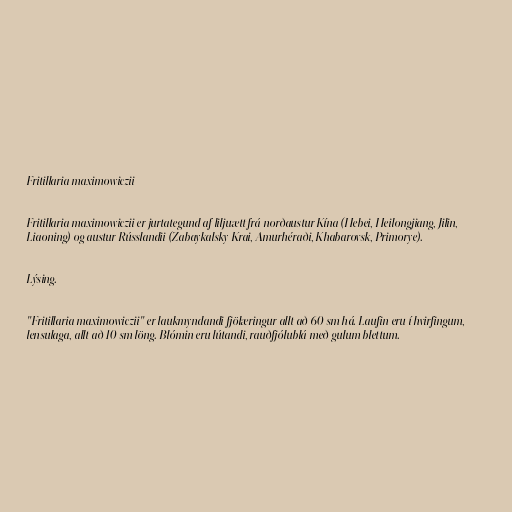
Fritillaria maximowiczii

Fritillaria maximowiczii er jurtategund af liljuætt frá norðaustur Kína (Hebei, Heilongjiang, Jilin,
Liaoning) og austur Rússlandii (Zabaykalsky Krai, Amurhéraði, Khabarovsk, Primorye).

Lýsing.

"Fritillaria maximowiczii" er laukmyndandi fjölæringur allt að 60 sm há. Laufin eru í hvirfingum,
lensulaga, allt að 10 sm löng. Blómin eru lútandi, rauðfjólublá með gulum blettum.